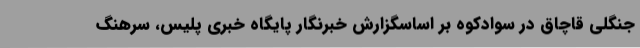
جنگلی قاچاق در سوادکوه بر اساسگزارش خبرنگار پایگاه خبری پلیس، سرهنگ